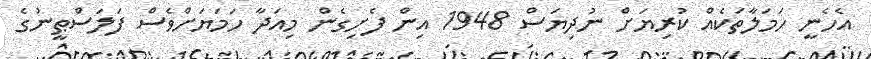
އެހެނީ ހަމަލާތަކެއް ކުރިޔަށް ނުދިޔަސް 1948 އިން ފެށިގެން މިއަދާ ހަމަޔަށްވެސް ފަލަސްޠީނުގެ